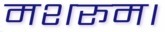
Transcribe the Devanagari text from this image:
मशरूम।